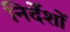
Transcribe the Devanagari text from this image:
निर्देंशों